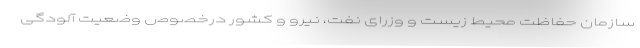
سازمان حفاظت محیط زیست و وزرای نفت، نیرو و کشور درخصوص وضعیت آلودگی